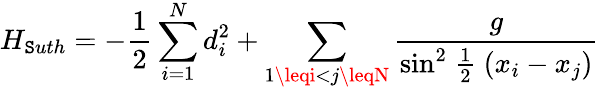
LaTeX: H_{\mathtt{S}uth}=-\frac{{1}}{{2}}\sum_{i=1}^{N}d_{i}^{2}+\sum_{1\leqi<j\leqN}\frac{{g}}{{{\sin}^{2}\mathrm{{~\frac{{1}}{{2}}~}}(x_{i}-x_{j})}}